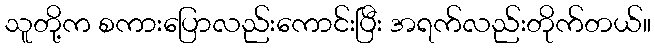
သူတို့က စကားပြောလည်းကောင်းပြီး အရက်လည်းတိုက်တယ်။